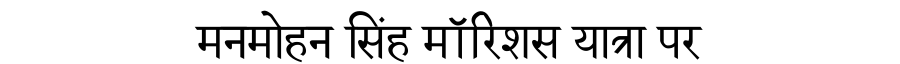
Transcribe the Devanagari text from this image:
मनमोहन सिंह मॉरिशस यात्रा पर